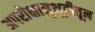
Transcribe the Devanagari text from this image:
अपरोक्षानुभूतीतून